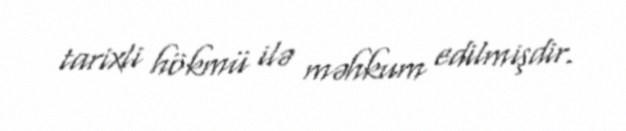
tarixli hökmü ilə məhkum edilmişdir.